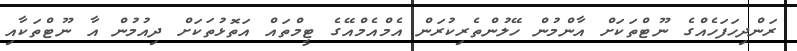
ރަންދިހަފަހެއްގެ ނޫޓްތަކަށް އާންމުން ހޭލުންތެރިކުރަން އެމްއެމްއޭގެ ޓީމްތައް އަތޮޅުތަކަށް ދިއުމުން އާ ނޫޓްތަކާއި